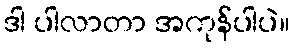
ဒါ ပါလာတာ အကုန်ပါပဲ။